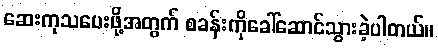
ဆေးကုသပေးဖို့အတွက် စခန်းကိုခေါ်ဆောင်သွားခဲ့ပါတယ်။